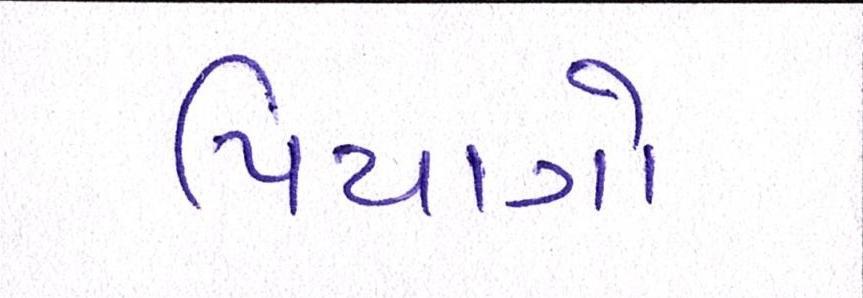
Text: પિયાગો